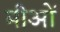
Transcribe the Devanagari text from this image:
मीओं